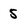
Character: 5